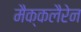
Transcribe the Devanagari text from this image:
मैक्कलैरेन